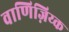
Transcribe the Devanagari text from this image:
वाणिज़िय्क